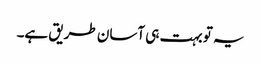
یہ تو بہت ہی آسان طریق ہے۔